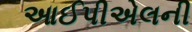
આઈપીએલની